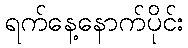
ရက်နေ့နောက်ပိုင်း